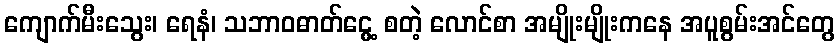
ကျောက်မီးသွေး၊ ရေနံ၊ သဘာဝဓာတ်ငွေ့ စတဲ့ လောင်စာ အမျိုးမျိုးကနေ အပူစွမ်းအင်တွေ